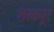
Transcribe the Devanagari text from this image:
शेखपूर